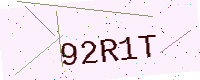
Text: 92R1T